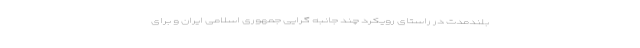
بلندمدت در راستای رویکرد چند جانبه گرایی جمهوری اسلامی ایران و برای